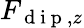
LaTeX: F_{\mathrm{~d~i~p~},z}